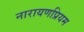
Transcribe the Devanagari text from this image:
नारायणप्रियम